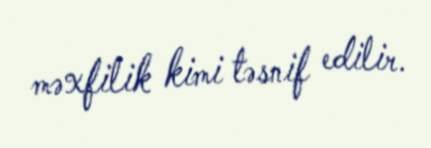
məxfilik kimi təsnif edilir.